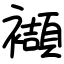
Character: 襭